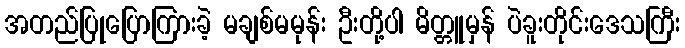
အတည်ပြုပြောကြားခဲ့ မချစ်မမုန်း ဦးတို့ပါ မိတ္တူမှန် ပဲခူးတိုင်းဒေသကြီး